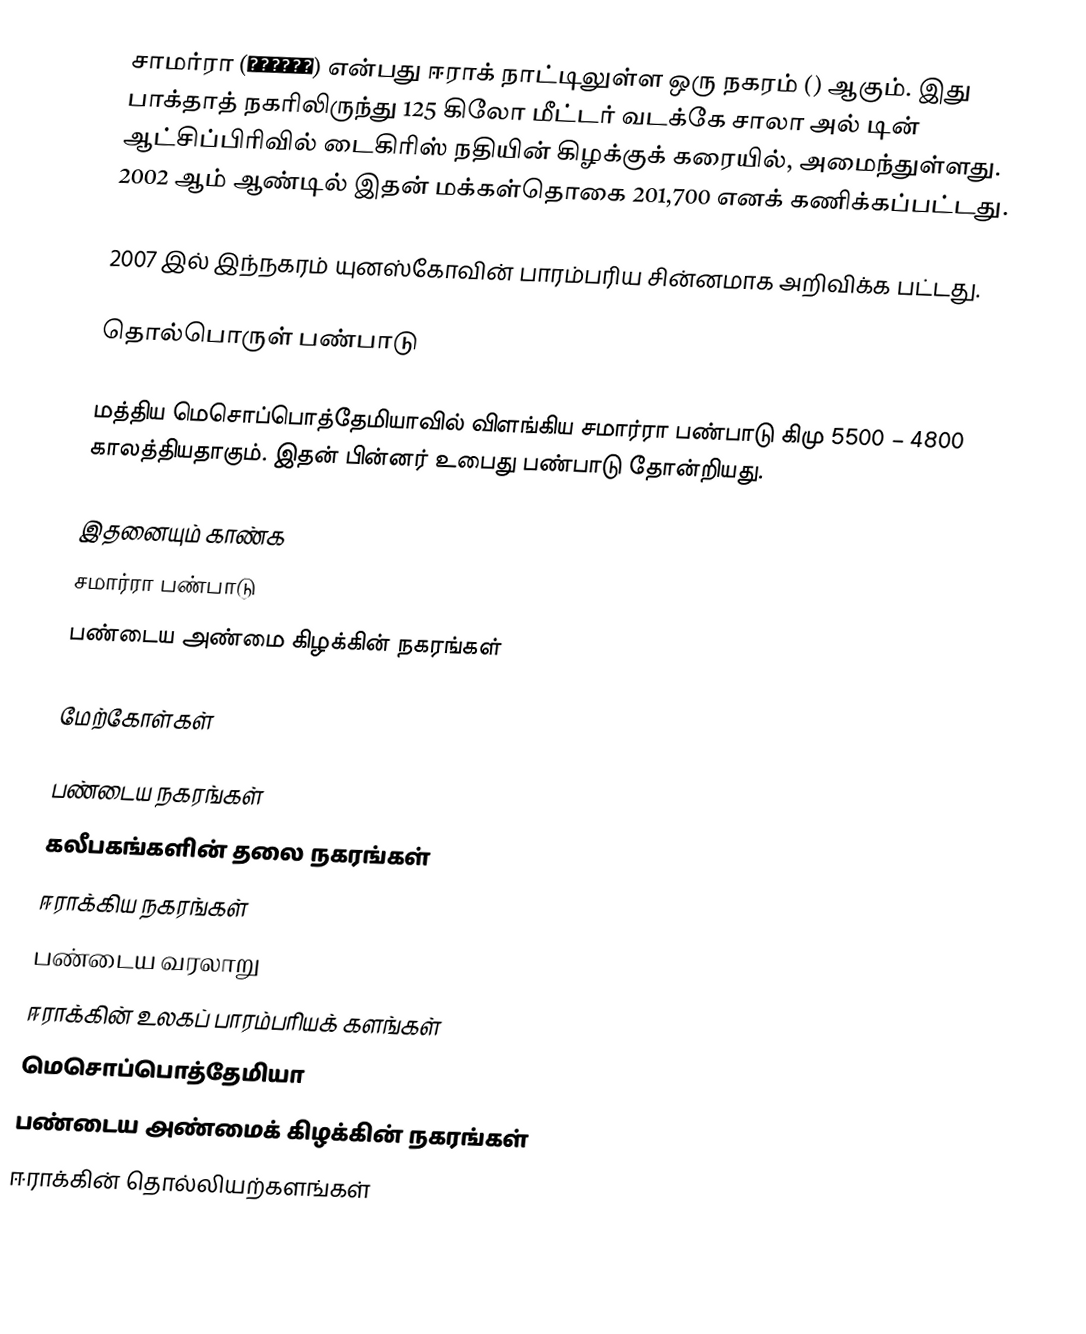
சாமர்ரா (سامراء) என்பது ஈராக் நாட்டிலுள்ள ஒரு நகரம் () ஆகும். இது பாக்தாத் நகரிலிருந்து 125 கிலோ மீட்டர் வடக்கே சாலா அல் டின் ஆட்சிப்பிரிவில் டைகிரிஸ் நதியின் கிழக்குக் கரையில், அமைந்துள்ளது. 2002 ஆம் ஆண்டில் இதன் மக்கள்தொகை 201,700 எனக் கணிக்கப்பட்டது.

2007 இல் இந்நகரம் யுனஸ்கோவின் பாரம்பரிய சின்னமாக அறிவிக்க பட்டது.

தொல்பொருள் பண்பாடு

மத்திய மெசொப்பொத்தேமியாவில் விளங்கிய சமார்ரா பண்பாடு கிமு 5500 – 4800 காலத்தியதாகும். இதன் பின்னர் உபைது பண்பாடு தோன்றியது.

இதனையும் காண்க
 சமார்ரா பண்பாடு
 பண்டைய அண்மை கிழக்கின் நகரங்கள்

மேற்கோள்கள்

பண்டைய நகரங்கள்
கலீபகங்களின் தலை நகரங்கள்
ஈராக்கிய நகரங்கள்
பண்டைய வரலாறு
ஈராக்கின் உலகப் பாரம்பரியக் களங்கள்
மெசொப்பொத்தேமியா
பண்டைய அண்மைக் கிழக்கின் நகரங்கள்
ஈராக்கின் தொல்லியற்களங்கள்